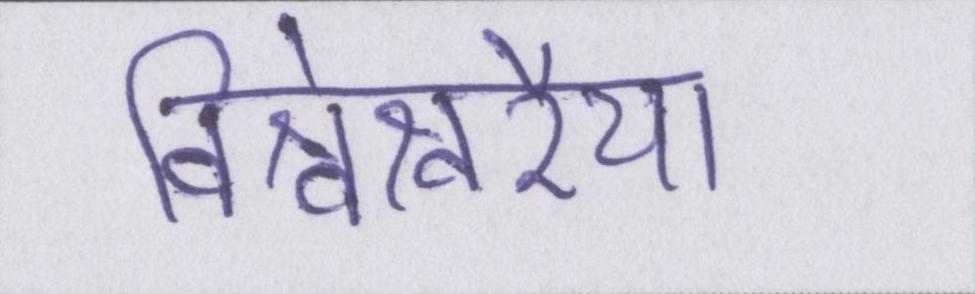
विश्वेश्वरैया